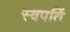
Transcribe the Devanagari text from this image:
स्वपतिं